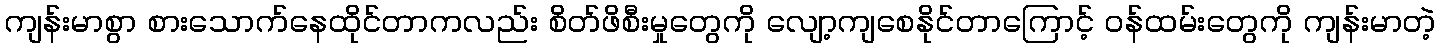
ကျန်းမာစွာ စားသောက်နေထိုင်တာကလည်း စိတ်ဖိစီးမှုတွေကို လျော့ကျစေနိုင်တာကြောင့် ဝန်ထမ်းတွေကို ကျန်းမာတဲ့